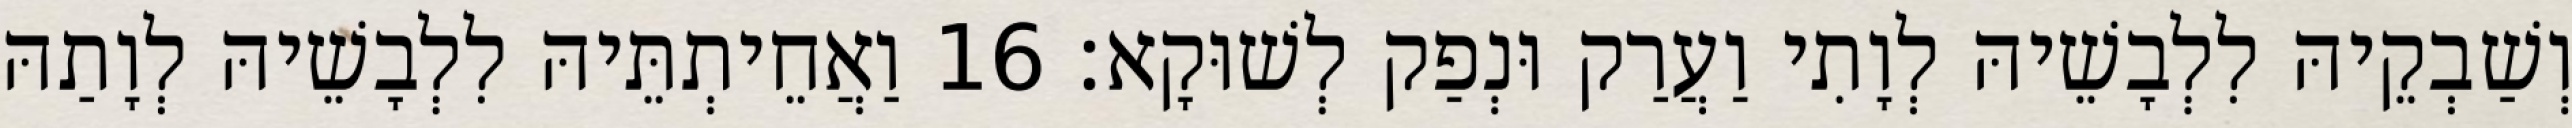
וְשַׁבְקֵיהּ לִלְבָשֵׁיהּ לְוָתִי וַעֲרַק וּנְפַק לְשׁוּקָא׃ 16 וַאֲחֵיתְתֵּיהּ לִלְבָשֵׁיהּ לְוָתַהּ